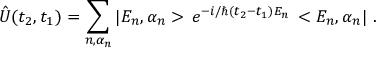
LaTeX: \hat { U } ( t _ { 2 } , t _ { 1 } ) = \sum _ { n , \alpha _ { n } } | E _ { n } , \alpha _ { n } > \, e ^ { - i / \hbar ( t _ { 2 } - t _ { 1 } ) E _ { n } } \, < E _ { n } , \alpha _ { n } | \ .